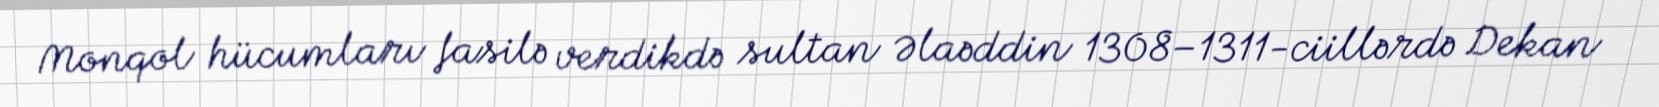
Monqol hücumları fasilə verdikdə sultan Əlaəddin 1308–1311-ciillərdə Dekan